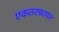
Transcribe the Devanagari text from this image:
एकतरफ़ापन